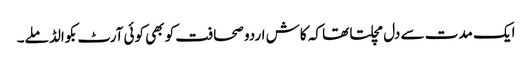
ایک مدت سے دل مچلتا تھا کہ کاش اردو صحافت کو بھی کوئی آرٹ بکوالڈ ملے۔